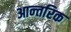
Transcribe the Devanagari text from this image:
आन्‍तरिक